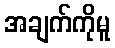
အချက်ကိုမူ